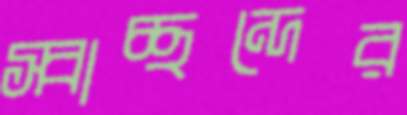
স্বাচ্ছন্দের